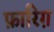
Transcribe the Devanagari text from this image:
फ़ारिग़